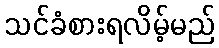
သင်ခံစားရလိမ့်မည်